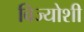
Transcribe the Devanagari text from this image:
विज्योशी